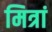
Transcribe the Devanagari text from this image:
मित्रां